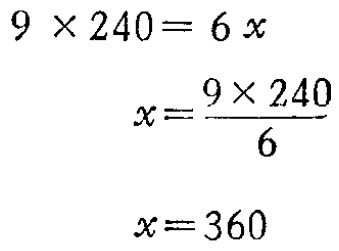
\[
\begin{align*}
9\times240&=6x\\
x&=\frac{9\times240}{6}\\
x&=360
\end{align*}
\]